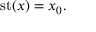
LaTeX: \, \mathrm { s t } ( x ) = x _ { 0 } .